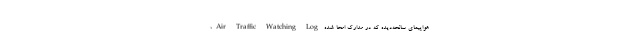
هواپیمای سانحه‌دیده که در مدارک امحا ‌شده Air Traffic Watching Log،